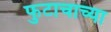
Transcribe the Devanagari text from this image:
फुटाचाच्या